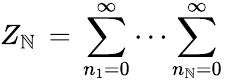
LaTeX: Z_{\mathbb{N}}\, =\, \sum_{n_{1}=0}^{\infty}\cdots\sum_{n_{\mathbb{N}}=0}^{\infty}\,